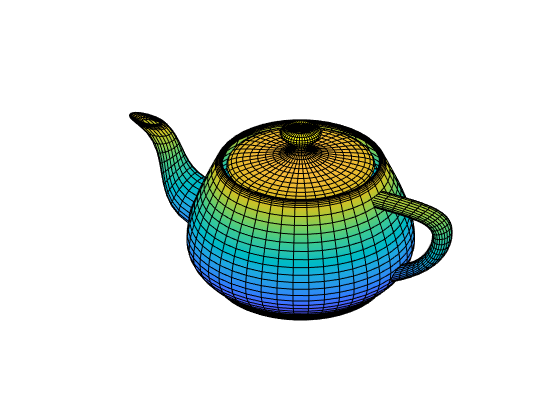
matlab, patch, axis